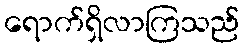
ရောက်ရှိလာကြသည်